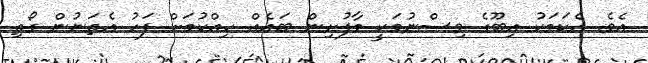
އެވެ. އެކަމަކު އިބޫގެ ވިސްނުމަކީ މާފުށިން ބައެއް ހިއްކުމަށް ފަހު އެތަނުން ގޯތި